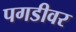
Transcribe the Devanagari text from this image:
पगडीवर